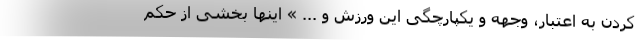
کردن به اعتبار، وجهه و یکپارچگی این ورزش و ... » اینها بخشی از حکم